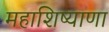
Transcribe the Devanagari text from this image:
महाशिष्याणा